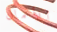
للأعمال